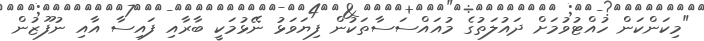
"މިކަންކަން ހުއްޓުވުމަށް ދައުލަތުގެ މުއައްސަސާތަކުން ފިޔަވަޅު ނޭޅުމަކީ ބާރާއި ފައިސާ އާއި ނުފޫޒުން